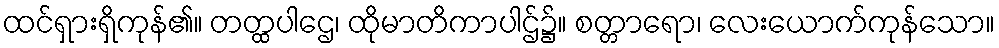
ထင်ရှားရှိကုန်၏။ တတ္ထပါဌေ၊ ထိုမာတိကာပါဌ်၌။ စတ္တာရော၊ လေးယောက်ကုန်သော။